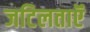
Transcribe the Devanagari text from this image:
जटिलताऍं